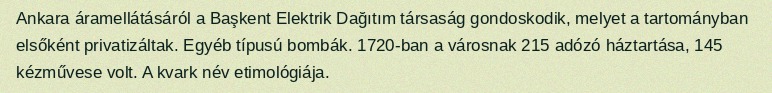
Ankara áramellátásáról a Başkent Elektrik Dağıtım társaság gondoskodik, melyet a tartományban elsőként privatizáltak. Egyéb típusú bombák. 1720-ban a városnak 215 adózó háztartása, 145 kézművese volt. A kvark név etimológiája.